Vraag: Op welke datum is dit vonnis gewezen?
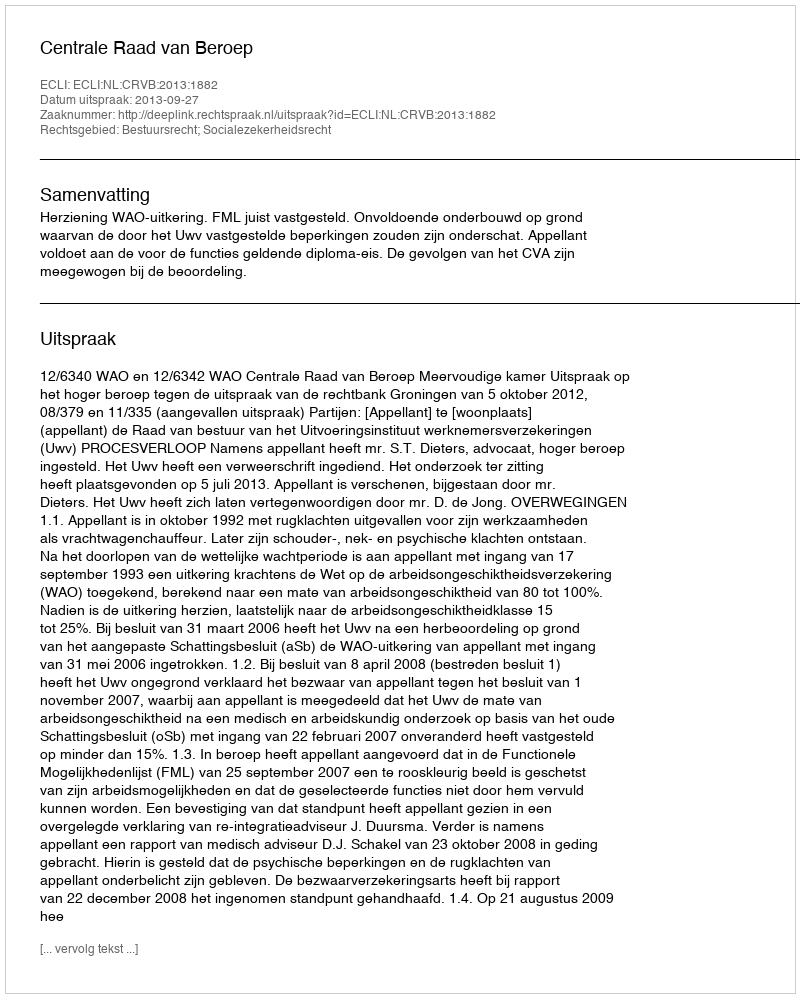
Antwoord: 2013-09-27